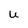
Character: U